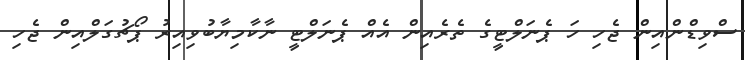
ސްވިޑްންއިން ޖެހި ހަ ޕެނަލްޓީގެ ތެރެއިން އެއް ޕެނަލްޓީ ނާކާމިޔާބުވިއިރު ޕޯޗުގަލްއިން ޖެހި